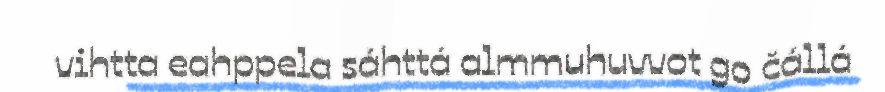
vihtta eahppela sáhttá almmuhuvvot go čállá